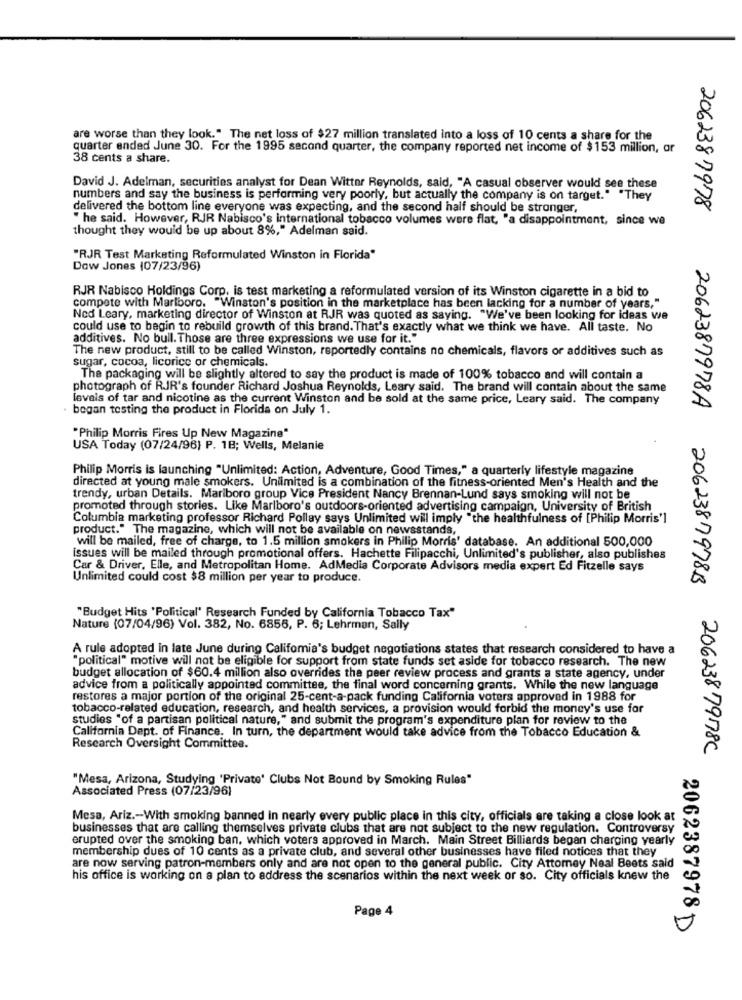
are worse than they look." The net loss of $27 million translated into a loss of 10 cents a share for the
quarter ended June 30. For the 1995 second quarter, the company reported net income of $ 153 million, or
38 cents a share.
David J. Adelman, securities analyst for Dean Witter Reynolds, said, "A casual observer would see these
numbers and say the business is performing very poorly, but actually the company is on target." "They
delivered the bottom line everyone was expecting, and the second half should be stronger,
2062387978
" he said. However, RJR Nabisco's international tobacco volumes were flat, "a disappointment, since we
thought they would be up about 8%," Adelman said.
"RJR Test Marketing Reformulated Winston in Florida"
Dow Jones (07/23/96)
RJR Nabisco Holdings Corp, is test marketing a reformulated version of its Winston cigarette in a bid to
compete with Marlboro. "Winston's position in the marketplace has been lacking for a number of years,"
Nod Leary, marketing director of Winston at RJR was quoted as saying. "We've been looking for ideas we
could use to begin to rebuild growth of this brand. That's exactly what we think we have. All taste. No
additives. No bull. Those are three expressions we use for it."
The new product, still to be called Winston, reportedly contains no chemicals, flavors or additives such as
sugar, cocoa, licorice or chemicals.
The packaging will be slightly altered to say the product is made of 100% tobacco and will contain a
photograph of RIR's founder Richard Joshua Reynolds, Leary said. The brand will contain about the same
levels of tar and nicotine as the current Winston and be sold at the same price, Leary said. The company
bogan testing the product in Florida on July 1.
2062387978A
"Philip Morris Fires Up New Magazine"
USA Today (07/24/96) P. 1B; Wells, Melanie
Philip Morris is launching "Unlimited: Action, Adventure, Good Times," a quarterly lifestyle magazine
directed at young male smokers. Unlimited is a combination of the fitness-oriented Men's Health and the
trendy, urban Details. Marlboro group Vice President Nancy Brennan-Lund says smoking will not be
promoted through stories. Like Marlboro's outdoors-oriented advertising campaign, University of British
Columbia marketing professor Richard Pollay says Unlimited will imply "the healthfulness of [Philip Morris']
product." The magazine, which will not be available on newsstands,
will be mailed, free of charge, to 1.5 million smokers in Philip Morris' database. An additional 500,000
issues will be mailed through promotional offers. Hachette Filipacchi, Unlimited's publisher, also publishes
Car & Driver, Elle, and Metropolitan Home. AdMedia Corporate Advisors media expert Ed Fitzelle says
Unlimited could cost $8 million per year to produce.
2062387978B
"Budget Hits 'Political' Research Funded by California Tobacco Tax"
Nature (07/04/96) Vol. 382, No. 6855, P. 6; Lehrman, Sally
A rule adopted in late June during Califomia's budget negotiations states that research considered to have a
"political" motive will not be eligible for support from state funds set aside for tobacco research. The new
budget allocation of $60.4 million also overrides the peer review process and grants a state agency, under
advice from a politically appointed committee, the final word concerning grants. While the new language
restores a major portion of the original 25-cent-a-pack funding California voters approved in 1988 for
tobacco-related education, research, and health services, a provision would forbid the money's use for
studies "of a partisan political nature," and submit the program's expenditure plan for review to the
California Dept. of Finance. In turn, the department would take advice from the Tobacco Education &
Research Oversight Committee.
2062387978C
"Mesa, Arizona, Studying 'Private' Clubs Not Bound by Smoking Rules"
Associated Press (07/23/96)
Mesa, Ariz .- With smoking banned in nearly every public place in this city, officials are taking a close look at
businesses that are calling themselves private clubs that are not subject to the new regulation. Controversy
erupted over the smoking ban, which voters approved in March. Main Street Billiards began charging yearly
membership dues of 10 cents as a private club, and several other businesses have filed notices that they
are now serving patron-members only and are not open to the general public. City Attorney Neal Beets said
his office is working on a plan to address the scenarios within the next week or so. City officials knew the
Page 4
2062387978 D